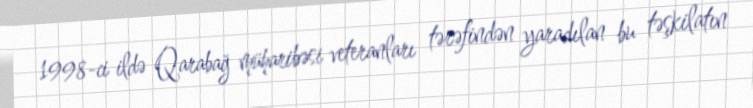
1998-ci ildə Qarabağ müharibəsi veteranları tərəfindən yaradılan bu təşkilatın